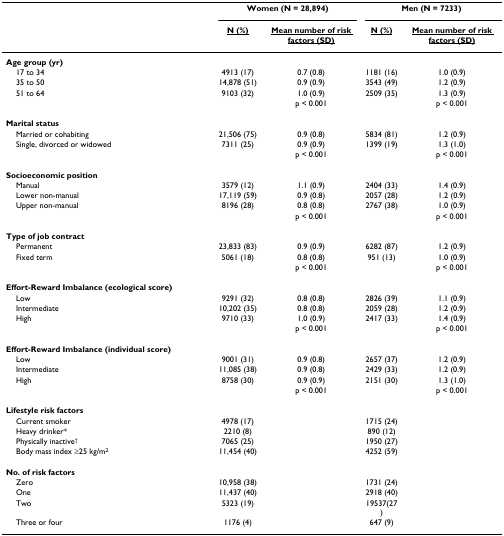
<table><thead><tr><td></td><td colspan="2"><b>Women (N = 28,894)</b></td><td colspan="2"><b>Men (N = 7233)</b></td></tr><tr><td></td><td><b><underline>N (%)</underline></b></td><td><b><underline>Mean number of risk factors (SD)</underline></b></td><td><b><underline>N (%)</underline></b></td><td><b><underline>Mean number of risk factors (SD)</underline></b></td></tr></thead><tbody><tr><td><b>Age group (yr)</b></td><td></td><td></td><td></td><td></td></tr><tr><td> 17 to 34</td><td>4913 (17)</td><td>0.7 (0.8)</td><td>1181 (16)</td><td>1.0 (0.9)</td></tr><tr><td> 35 to 50</td><td>14,878 (51)</td><td>0.9 (0.9)</td><td>3543 (49)</td><td>1.2 (0.9)</td></tr><tr><td> 51 to 64</td><td>9103 (32)</td><td>1.0 (0.9)</td><td>2509 (35)</td><td>1.3 (0.9)</td></tr><tr><td></td><td></td><td>p &lt; 0.001</td><td></td><td>p &lt; 0.001</td></tr><tr><td><b>Marital status</b></td><td></td><td></td><td></td><td></td></tr><tr><td> Married or cohabiting</td><td>21,506 (75)</td><td>0.9 (0.8)</td><td>5834 (81)</td><td>1.2 (0.9)</td></tr><tr><td> Single, divorced or widowed</td><td>7311 (25)</td><td>0.9 (0.9)</td><td>1399 (19)</td><td>1.3 (1.0)</td></tr><tr><td></td><td></td><td>p &lt; 0.001</td><td></td><td>p &lt; 0.001</td></tr><tr><td><b>Socioeconomic position</b></td><td></td><td></td><td></td><td></td></tr><tr><td> Manual</td><td>3579 (12)</td><td>1.1 (0.9)</td><td>2404 (33)</td><td>1.4 (0.9)</td></tr><tr><td> Lower non-manual</td><td>17,119 (59)</td><td>0.9 (0.8)</td><td>2057 (28)</td><td>1.2 (0.9)</td></tr><tr><td> Upper non-manual</td><td>8196 (28)</td><td>0.8 (0.8)</td><td>2767 (38)</td><td>1.0 (0.9)</td></tr><tr><td></td><td></td><td>p &lt; 0.001</td><td></td><td>p &lt; 0.001</td></tr><tr><td><b>Type of job contract</b></td><td></td><td></td><td></td><td></td></tr><tr><td> Permanent</td><td>23,833 (83)</td><td>0.9 (0.9)</td><td>6282 (87)</td><td>1.2 (0.9)</td></tr><tr><td> Fixed term</td><td>5061 (18)</td><td>0.8 (0.8)</td><td>951 (13)</td><td>1.0 (0.9)</td></tr><tr><td></td><td></td><td>p &lt; 0.001</td><td></td><td>p &lt; 0.001</td></tr><tr><td><b>Effort-Reward Imbalance (ecological score)</b></td><td></td><td></td><td></td><td></td></tr><tr><td> Low</td><td>9291 (32)</td><td>0.8 (0.8)</td><td>2826 (39)</td><td>1.1 (0.9)</td></tr><tr><td> Intermediate</td><td>10,202 (35)</td><td>0.8 (0.8)</td><td>2059 (28)</td><td>1.2 (0.9)</td></tr><tr><td> High</td><td>9710 (33)</td><td>1.0 (0.9)</td><td>2417 (33)</td><td>1.4 (0.9)</td></tr><tr><td></td><td></td><td>p &lt; 0.001</td><td></td><td>p &lt; 0.001</td></tr><tr><td><b>Effort-Reward Imbalance (individual score)</b></td><td></td><td></td><td></td><td></td></tr><tr><td> Low</td><td>9001 (31)</td><td>0.9 (0.8)</td><td>2657 (37)</td><td>1.2 (0.9)</td></tr><tr><td> Intermediate</td><td>11,085 (38)</td><td>0.9 (0.8)</td><td>2429 (33)</td><td>1.2 (0.9)</td></tr><tr><td> High</td><td>8758 (30)</td><td>0.9 (0.9)</td><td>2151 (30)</td><td>1.3 (1.0)</td></tr><tr><td></td><td></td><td>p &lt; 0.001</td><td></td><td>p &lt; 0.001</td></tr><tr><td><b>Lifestyle risk factors</b></td><td></td><td></td><td></td><td></td></tr><tr><td> Current smoker</td><td>4978 (17)</td><td></td><td>1715 (24)</td><td></td></tr><tr><td> Heavy drinker*</td><td>2210 (8)</td><td></td><td>890 (12)</td><td></td></tr><tr><td> Physically inactive<sup>†</sup></td><td>7065 (25)</td><td></td><td>1950 (27)</td><td></td></tr><tr><td> Body mass index ≥25 kg/m<sup>2</sup></td><td>11,454 (40)</td><td></td><td>4252 (59)</td><td></td></tr><tr><td><b>No. of risk factors</b></td><td></td><td></td><td></td><td></td></tr><tr><td> Zero</td><td>10,958 (38)</td><td></td><td>1731 (24)</td><td></td></tr><tr><td> One</td><td>11,437 (40)</td><td></td><td>2918 (40)</td><td></td></tr><tr><td> Two</td><td>5323 (19)</td><td></td><td>19537(27)</td><td></td></tr><tr><td> Three or four</td><td>1176 (4)</td><td></td><td>647 (9)</td><td></td></tr></tbody></table>